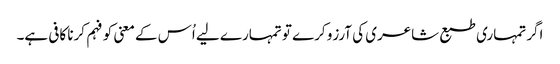
اگر تمہاری طبع شاعری کی آرزو کرے تو تمہارے لیے اُس کے معنی کو فہم کرنا کافی ہے۔